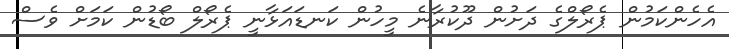
އެހެންކަމުން ޕެރޯލްގެ ދަށުން ދޫކުރާނެ މީހުން ކަނޑައަޅާނީ ޕެރޯލް ބޯޑުން ކަމަށް ވެސް